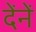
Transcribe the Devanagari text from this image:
देंनें